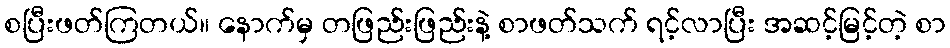
စပြီးဖတ်ကြတယ်။ နောက်မှ တဖြည်းဖြည်းနဲ့ စာဖတ်သက် ရင့်လာပြီး အဆင့်မြင့်တဲ့ စာ